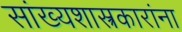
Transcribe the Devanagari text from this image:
सांख्यशास्त्रकारांना